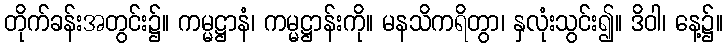
တိုက်ခန်းအတွင်း၌။ ကမ္မဋ္ဌာနံ၊ ကမ္မဋ္ဌာန်းကို။ မနသိကရိတွာ၊ နှလုံးသွင်း၍။ ဒိဝါ၊ နေ့၌။